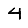
Digit: 4